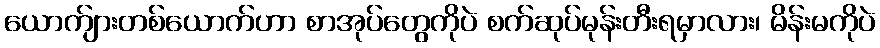
ယောက်ျားတစ်ယောက်ဟာ စာအုပ်တွေကိုပဲ စက်ဆုပ်မုန်းတီးရမှာလား၊ မိန်းမကိုပဲ